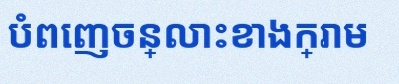
បំពេញចន្លោះខាងក្រោម